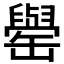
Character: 𮉺